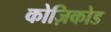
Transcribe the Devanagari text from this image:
कोज़िकोड